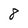
Character: 8